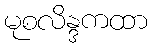
မုစလိန္ဒကထာ